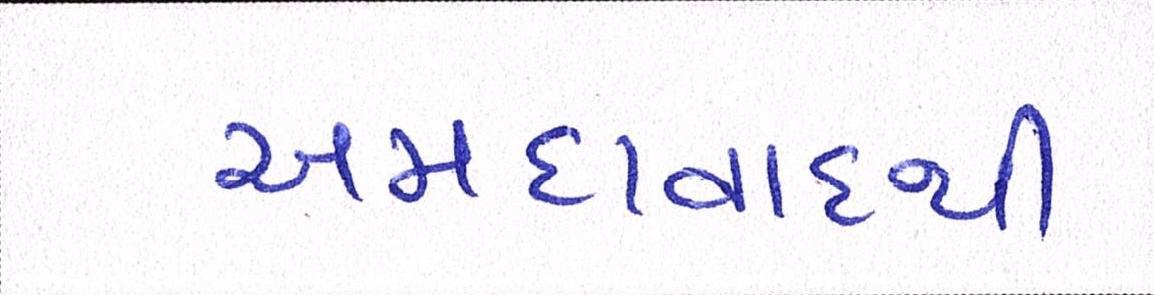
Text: અમદાવાદથી